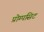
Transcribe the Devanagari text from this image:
प्रोम्पसिट